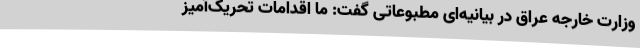
وزارت خارجه عراق در بیانیه‌ای مطبوعاتی گفت:‌ ما اقدامات تحریک‌آمیز